Annual vaccination report of Bihar and Orissa - 1911-1928
Year: 1911
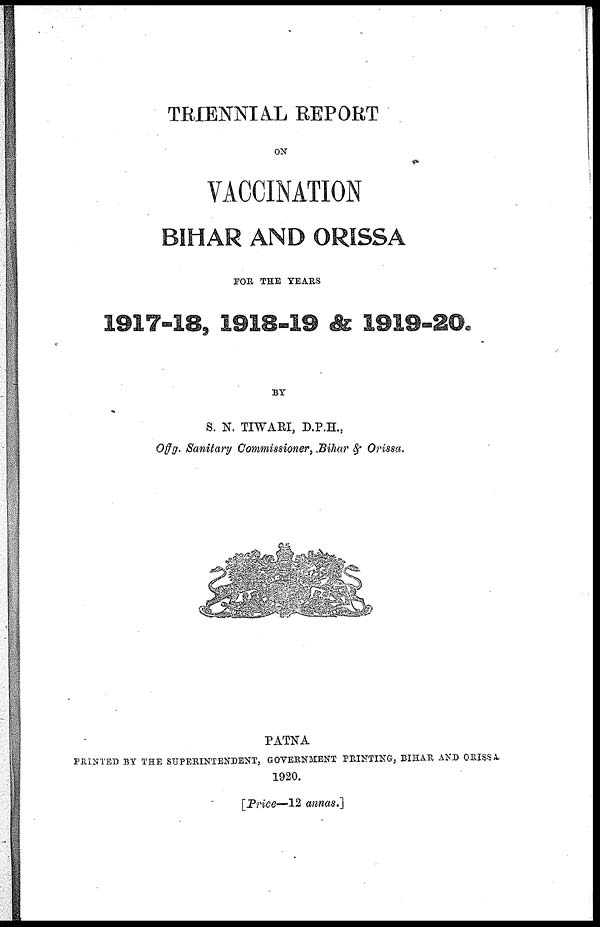
TRIENNIAL REPORT
ON
VACCINATION
BIHAR AND ORISSA
FOR THE YEARS
1917-18, 1918-19 & 1919-20.
BY
S. N. TIWARI, D.P.H.,
Offg. Sanitary Commissioner, Bihar & Orissa.
PATNA
PRINTED BY THE SUPERINTENDENT, GOVERNMENT PRINTING, BIHAR AND ORISSA.
1920.
[Price—12 annas.]